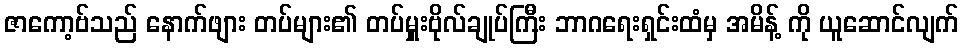
ဇာကော့ဗ်သည် နောက်ဖျား တပ်များ၏ တပ်မှူးဗိုလ်ချုပ်ကြီး ဘာဂရေးရှင်းထံမှ အမိန့် ကို ယူဆောင်လျက်